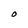
Character: O